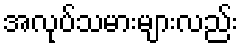
အလုပ်သမားများလည်း